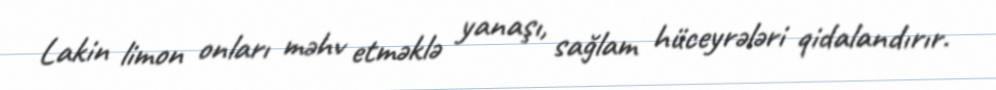
Lakin limon onları məhv etməklə yanaşı, sağlam hüceyrələri qidalandırır.